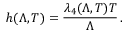
h ( \Lambda , T ) = \frac { \lambda _ { 4 } ( \Lambda , T ) T } { \Lambda } \, .